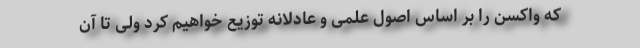
که واکسن را بر اساس اصول علمی و عادلانه توزیع خواهیم کرد ولی تا آن